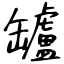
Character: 罏